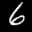
Label: 6